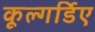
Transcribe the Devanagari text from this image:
कूल्गर्डिए